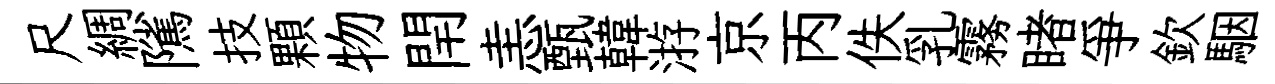
尺綢隲技顆物閈恚甄韓㳺京丙佚乳霧睹爭欽駰